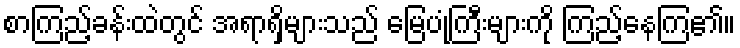
စာကြည့်ခန်းထဲတွင် အရာရှိများသည် မြေပုံကြီးများကို ကြည့်နေကြ၏။